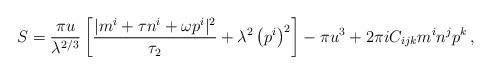
LaTeX: \begin{align*}S=\frac{\pi u }{\lambda^{2/3}} \left[ \frac{| m^i + \tau n^i +\omega p^i|^2}{\tau_2} + \lambda^2 \left(p^i\right)^2 \right] -\pi u^3 + 2\pi i C_{ijk} m^i n^j p^k\,,\end{align*}